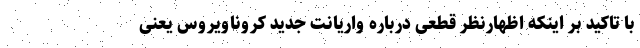
با تاکید بر اینکه اظهارنظر قطعی درباره‌ واریانت جدید کروناویروس یعنی